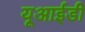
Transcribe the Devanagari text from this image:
यूआईडी